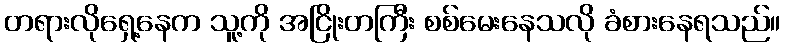
တရားလိုရှေ့နေက သူ့ကို အငြိုးတကြီး စစ်မေးနေသလို ခံစားနေရသည်။